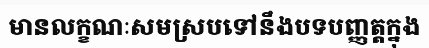
មានលក្ខណៈសមស្របទៅនឹងបទបញ្ញត្តក្នុង